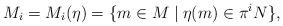
LaTeX: \begin{align*}M_i=M_i(\eta)=\{ m\in M \mid \eta(m)\in \pi^iN\},\end{align*}